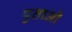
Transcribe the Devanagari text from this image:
पुताओ